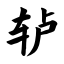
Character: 轳